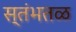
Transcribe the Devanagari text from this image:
स्तंभतळ